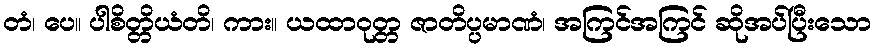
တံ၊ ပေ။ ပါစိတ္တိယံတိ၊ ကား။ ယထာဝုတ္တ ဇာတိပ္ပမာဏံ၊ အကြင်အကြင် ဆိုအပ်ပြီးသော